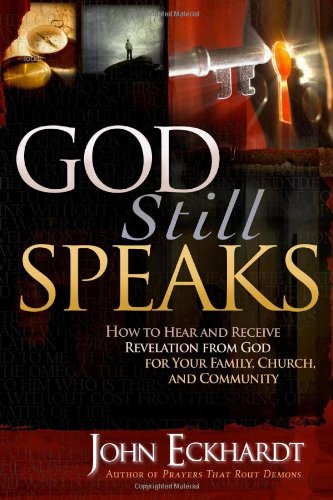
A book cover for God Still Speaks: How to Hear and Receive Revelation from God for Your Family, Church, and Community; John Eckhardt; Christian Books & Bibles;